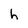
Character: h